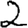
Digit: 2